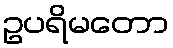
ဥပရိမတော